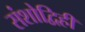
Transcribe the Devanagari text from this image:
संशोद्विहीं